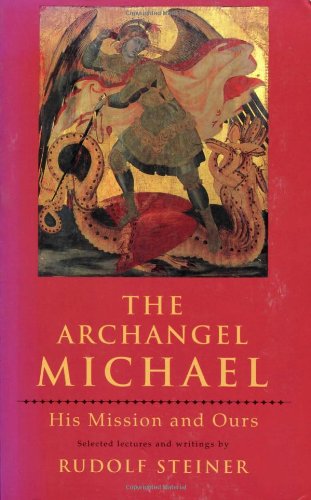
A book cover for The Archangel Michael: His Mission and Ours: Selected Lectures and Writing; Rudolf Steiner; Religion & Spirituality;